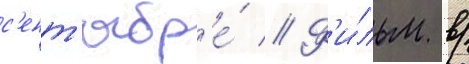
с'ент'ябр'е́ // Ф'и́льм в